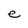
Character: e